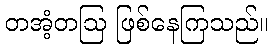
တအံ့တဩ ဖြစ်နေကြသည်။